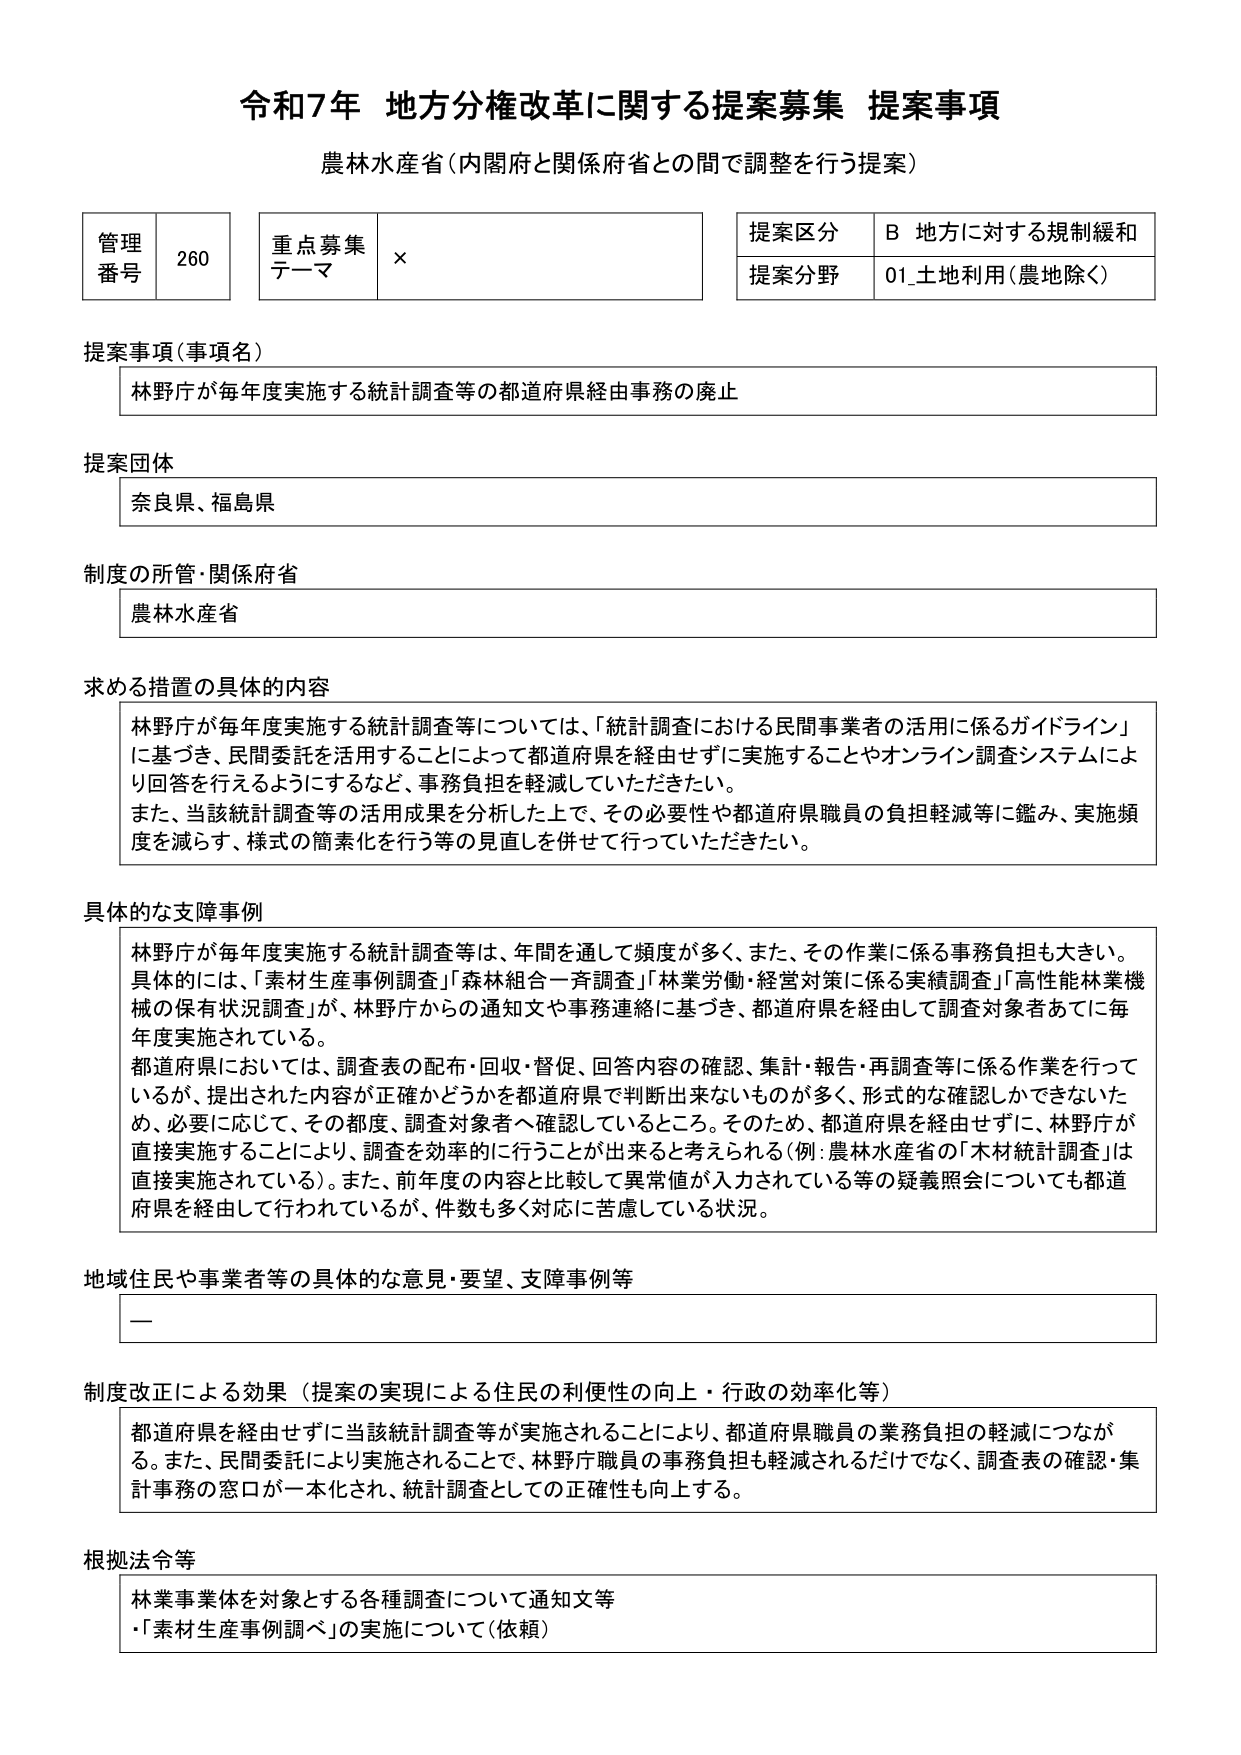
令和7年 地方分権改革に関する提案募集 提案事項
農林水産省（内閣府と関係府省との間で調整を行う提案）

管理番号 260
重点募集テーマ ×
提案区分 B 地方に対する規制緩和
提案分野 01_土地利用（農地除く）

提案事項（事項名）
林野庁が毎年度実施する統計調査等の都道府県経由事務の廃止

提案団体
奈良県、福島県

制度の所管・関係府省
農林水産省

求める措置の具体的内容
林野庁が毎年度実施する統計調査等については、「統計調査における民間事業者の活用に係るガイドライン」に基づき、民間委託を活用することによって都道府県を経由せずに実施することやオンライン調査システムにより回答を行えるようにするなど、事務負担を軽減していただきたい。
また、当該統計調査等の活用成果を分析した上で、その必要性や都道府県職員の負担軽減等に鑑み、実施頻度を減らす、様式の簡素化を行う等の見直しを併せて行っていただきたい。

具体的な支障事例
林野庁が毎年度実施する統計調査等は、年間を通して頻度が多く、また、その作業に係る事務負担も大きい。具体的には、「素材生産事例調査」「森林組合一斉調査」「林業労働・経営対策に係る実績調査」「高性能林業機械の保有状況調査」が、林野庁からの通知文や事務連絡に基づき、都道府県を経由して調査対象者あてに毎年度実施されている。
都道府県においては、調査表の配布・回収・督促、回答内容の確認、集計・報告・再調査等に係る作業を行っているが、提出された内容が正確かどうかを都道府県で判断出来ないものが多く、形式的な確認しかできないため、必要に応じて、その都度、調査対象者へ確認しているところ。そのため、都道府県を経由せずに、林野庁が直接実施することにより、調査を効率的に行うことが出来ると考えられる（例：農林水産省の「木材統計調査」は直接実施されている）。また、前年度の内容と比較して異常値が入力されている等の疑義照会についても都道府県を経由して行われているが、件数も多く対応に苦慮している状況。

地域住民や事業者等の具体的な意見・要望、支障事例等
—

制度改正による効果（提案の実現による住民の利便性の向上・行政の効率化等）
都道府県を経由せずに当該統計調査等が実施されることにより、都道府県職員の業務負担の軽減につながる。また、民間委託により実施されることで、林野庁職員の事務負担も軽減されるだけでなく、調査表の確認・集計事務の窓口が一本化され、統計調査としての正確性も向上する。

根拠法令等
林事業体を対象とする各種調査について通知文等
・「素材生産事例調べ」の実施について（依頼）